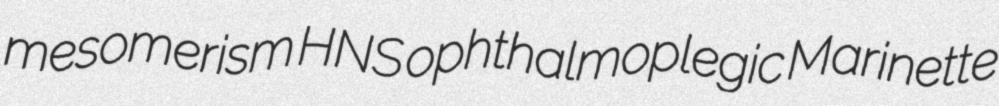
mesomerism HNS ophthalmoplegic Marinette